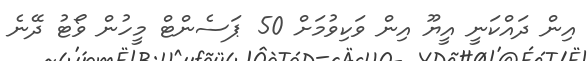
އިން ދައްކަނީ އީޔޫ އިން ވަކިވުމަށް 50 ޕަސެންޓް މީހުން ވޯޓު ދޭނެ